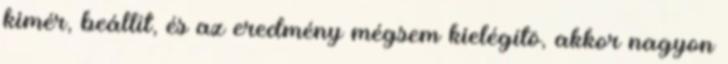
kimér, beállít, és az eredmény mégsem kielégítö, akkor nagyon